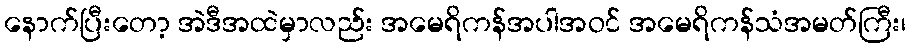
နောက်ပြီးတော့ အဲဒီအထဲမှာလည်း အမေရိကန်အပါအဝင် အမေရိကန်သံအမတ်ကြီး၊